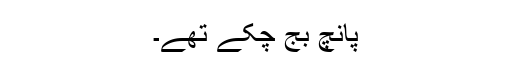
پانچ بج چکے تھے۔